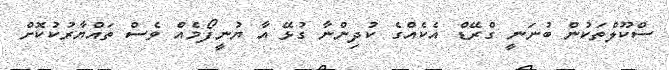
ސްކޫލްތަކުން ބުނަނީ ގްރޭޑް އެކެއްގެ ކުދިންނާ ގުޅޭ އާ ޔުނީފޯމެއް ވެސް ތައްޔާރުކުކޮށް